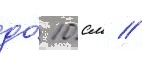
до́ 10 см //